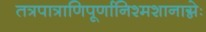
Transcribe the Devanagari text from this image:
तत्रपात्राणिपूर्णानिश्मशानाग्नेः